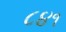
૮૪૧